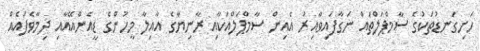
ހަށިގަނޑުތަކުގެ ސާމްޕަލްތައް ނަގާފައިވާއިރު އެއިން ސާމްޕަލްއަކާއި ރާނިޔާގެ އާއިލާ މީހުންގެ ޑީއެންއޭއާއި ދިމާވެފައެއް